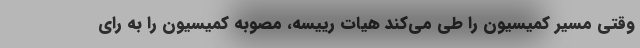
وقتی مسیر کمیسیون را طی می‌کند هیات رییسه، مصوبه کمیسیون را به رای